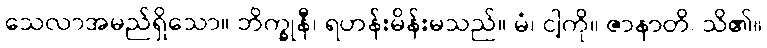
သေလာအမည်ရှိသော။ ဘိက္ခုနီ၊ ရဟန်းမိန်းမသည်။ မံ၊ ငါ့ကို။ ဇာနာတိ၊ သိ၏။